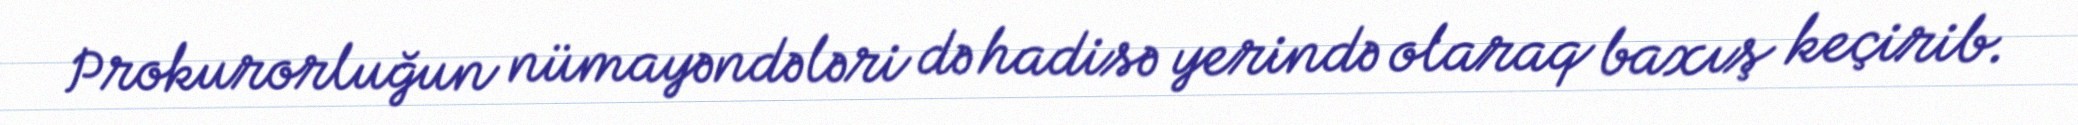
Prokurorluğun nümayəndələri də hadisə yerində olaraq baxış keçirib.